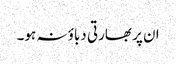
ان پر بھارتی دباؤ نہ ہو۔